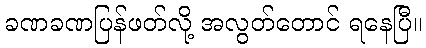
ခဏခဏပြန်ဖတ်လို့ အလွတ်တောင် ရနေပြီ။